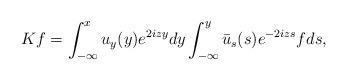
LaTeX: \begin{align*}Kf =\int_{-\infty}^x u_y(y) e^{2i z y}dy \int_{-\infty}^{y} \bar{u}_s(s) e^{-2i z s} f ds,\end{align*}